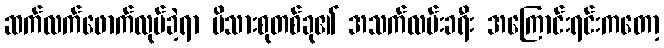
ဆက်လက်ဖောက်လုပ်ခဲ့ရာ မိသားစုတစ်ခု၏ အသက်လမ်းခရီး အကြောင်းရင်းကတော့